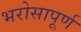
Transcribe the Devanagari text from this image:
भरोसापूर्ण